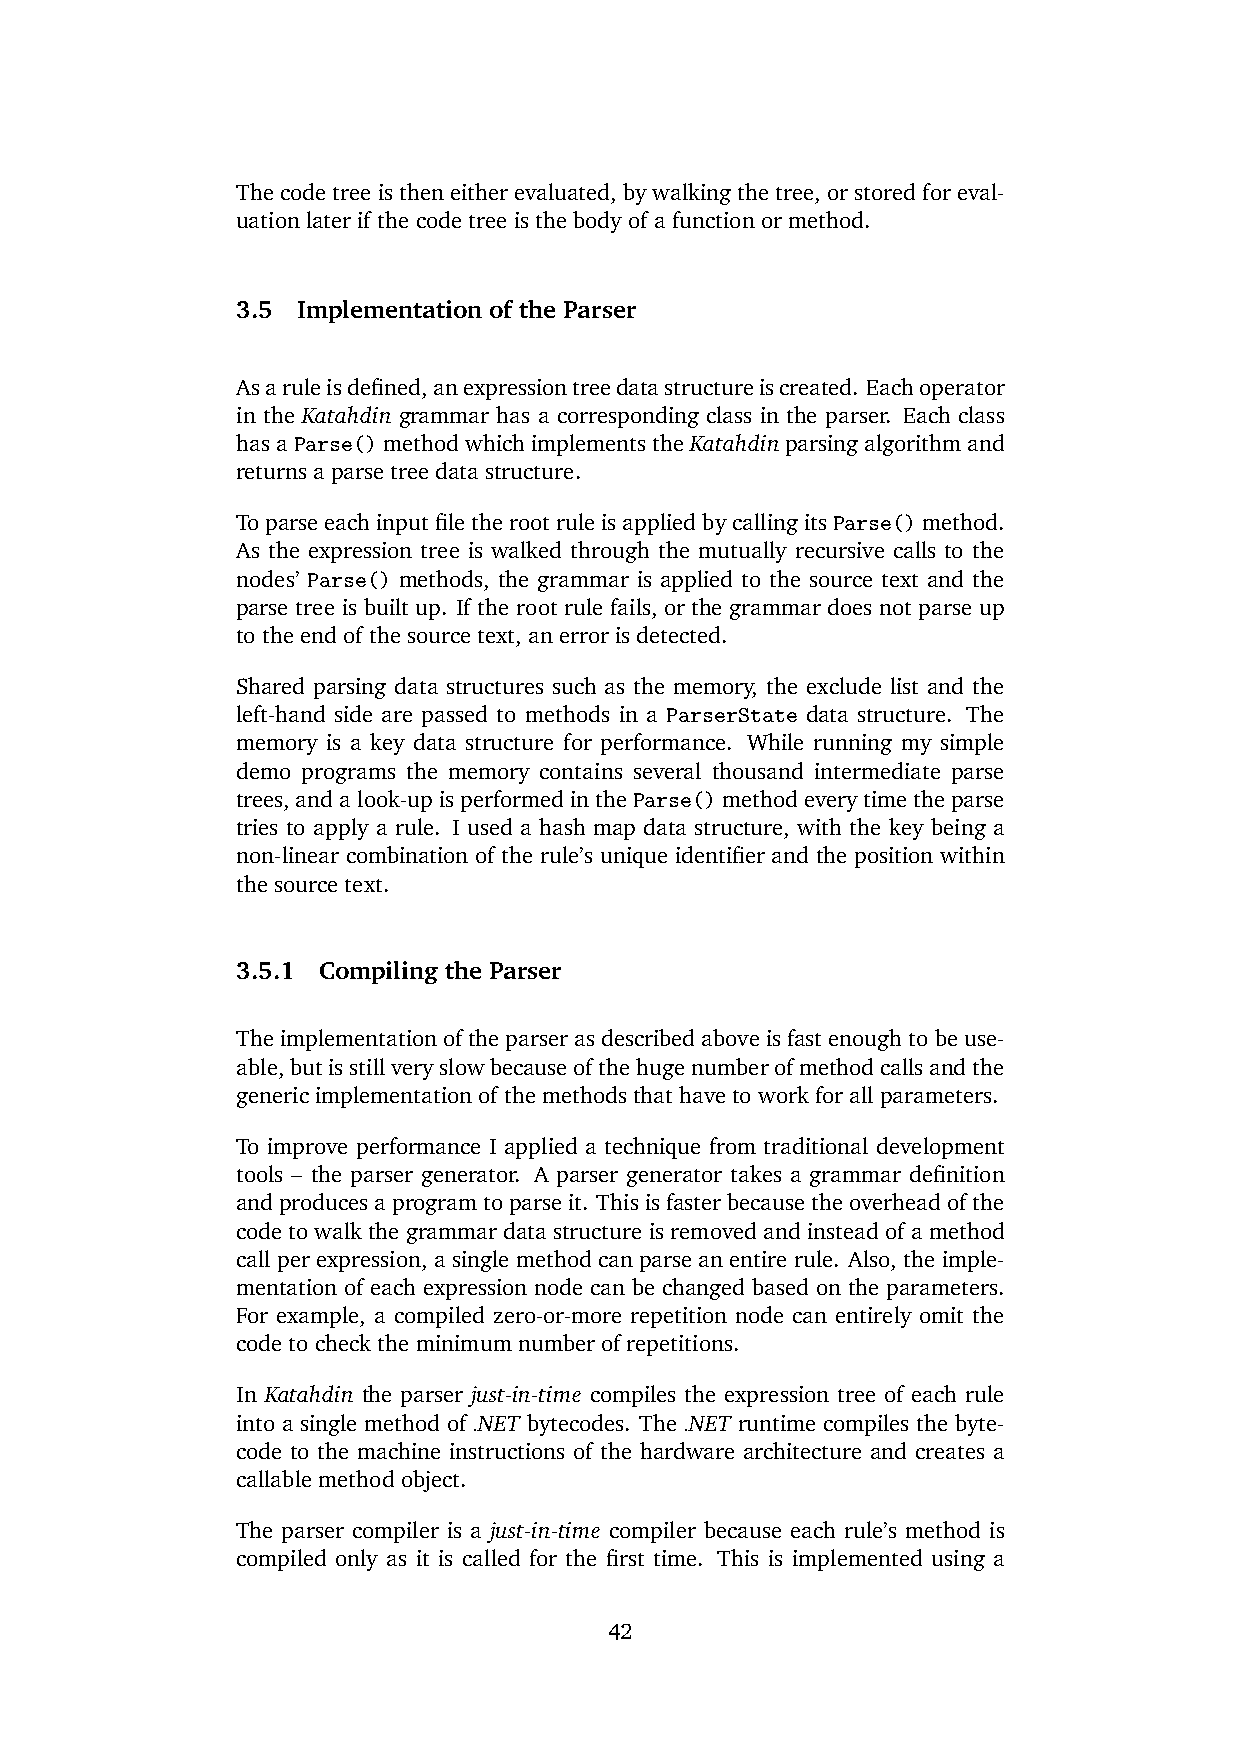
The code tree is then either evaluated, by walking the tree, or stored for eval-
 uation later if the code tree is the body of a function or method.
 3.5 Implementation of the Parser
 Asaruleisdefined,anexpressiontreedatastructureiscreated. Eachoperator
 in the Katahdin grammar has a corresponding class in the parser. Each class
 hasaParse()methodwhichimplementstheKatahdinparsingalgorithmand
 returns a parse tree data structure.
 ToparseeachinputfiletherootruleisappliedbycallingitsParse()method.
 As the expression tree is walked through the mutually recursive calls to the
 nodes’ Parse() methods, the grammar is applied to the source text and the
 parse tree is built up. If the root rule fails, or the grammar does not parse up
 to the end of the source text, an error is detected.
 Shared parsing data structures such as the memory, the exclude list and the
 left-hand side are passed to methods in a ParserState data structure. The
 memory is a key data structure for performance. While running my simple
 demo programs the memory contains several thousand intermediate parse
 trees,andalook-upisperformedintheParse()methodeverytimetheparse
 tries to apply a rule. I used a hash map data structure, with the key being a
 non-linear combination of the rule’s unique identifier and the position within
 the source text.
 3.5.1 Compiling the Parser
 Theimplementationoftheparserasdescribedaboveisfastenoughtobeuse-
 able,butisstillveryslowbecauseofthehugenumberofmethodcallsandthe
 generic implementation of the methods that have to work for all parameters.
 To improve performance I applied a technique from traditional development
 tools – the parser generator. A parser generator takes a grammar definition
 andproducesaprogramtoparseit. Thisisfasterbecausetheoverheadofthe
 code to walk the grammar data structure is removed and instead of a method
 call per expression, a single method can parse an entire rule. Also, the imple-
 mentation of each expression node can be changed based on the parameters.
 For example, a compiled zero-or-more repetition node can entirely omit the
 code to check the minimum number of repetitions.
 In Katahdin the parser just-in-time compiles the expression tree of each rule
 into a single method of .NET bytecodes. The .NET runtime compiles the byte-
 code to the machine instructions of the hardware architecture and creates a
 callable method object.
 The parser compiler is a just-in-time compiler because each rule’s method is
 compiled only as it is called for the first time. This is implemented using a
 42